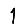
Digit: 1